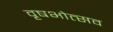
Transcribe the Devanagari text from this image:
वृषभोत्सव